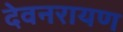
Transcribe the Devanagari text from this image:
देवनरायण